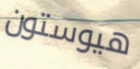
هيوستون